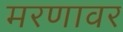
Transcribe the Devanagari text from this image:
मरणावर